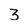
Character: 3